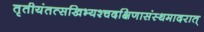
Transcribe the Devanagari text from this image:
तृतीयंतत्सखिभ्यश्चदक्षिणासंस्थमादरात्